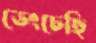
ভেংচেছি